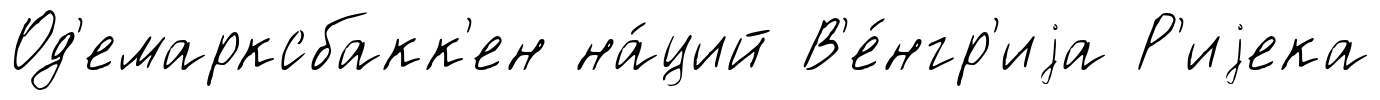
Од'емарксбакк'ен на́ций В'е́нгр'иjа Р'иjека